Tezpur Lunatic Asylum reports 1877-1894 - 1877-1894
Year: 1877
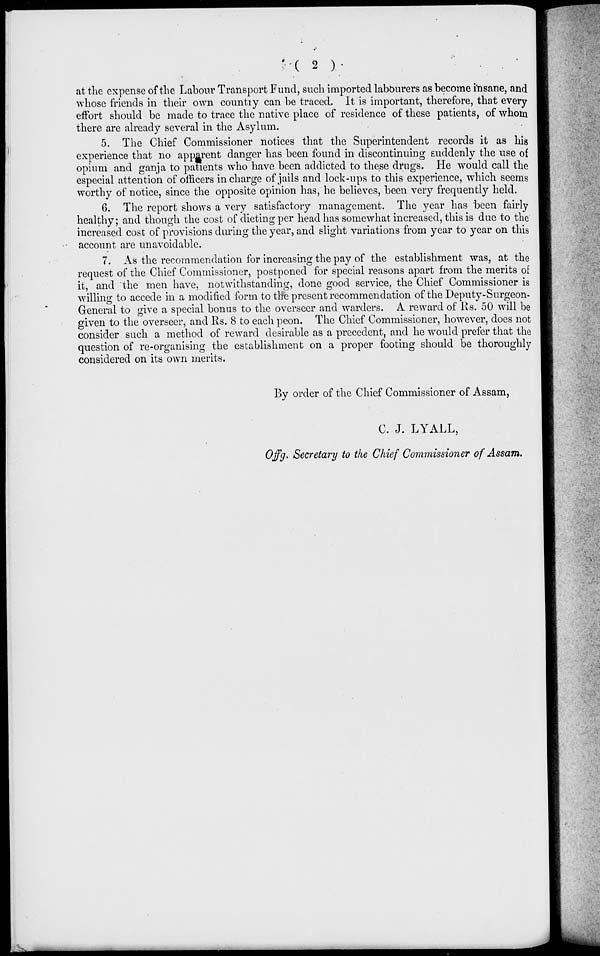
'•(2 ).-
'
. . •
at the expense of the Labour Transport Fund, such imported labourers as become insane, and
whose friends in their own countiy can be traced. It is important, therefore, that every
effort should be made to trace the native place of residence of these patients, of whom
there are already several in the Asylum.
5. The Chief Commissioner notices that the Superintendent records it as his
experience that no apparent danger has been found in discontinuing suddenly the use of
opium and ganja to patients who have been addicted to these drugs. He would call the
especial attention of officers in charge of jails and lock-ups to this experience, which seems
worthy of notice, since the opposite opinion has, he believes, been very frequently held.
6. The report shows a very satisfactory management. The year has 'been fairly
healthy; and though the cost of dieting per head has somewhat increased, this is due to the
increased cost of provisions during the year, and slight variations from year to year on this
account are unavoidable.
7. As the recommendation for increasing the pay of the establishment was, at the
request of the Chief Commissioner, postponed for special reasons apart from the merits of
it, and the men have, notwithstanding, done good service, the Chief Commissioner is
willing to accede in a modified form to tlie present recommendation of the Deputy-Surgeon-
General to give a special bonus to the overseer and warders. A reward of Rs. 50 will be
given to the overseer, and Rs. 8 to each peon. The Chief Commissioner, however, does not
consider such a method of reward desirable as a precedent, and he would prefer that the
question of re-organising the establishment on a proper footing should be thoroughly
considered on its own merits.
By order of the Chief Commissioner of Assam,
C. J. LYALL,
Offg. Secretary to the Chief Commissioner of Assam.